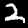
Digit: 2